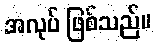
အလုပ် ဖြစ်သည်။